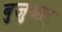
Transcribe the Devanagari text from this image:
बुजुआर्